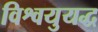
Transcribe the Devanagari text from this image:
विश्वयुयद्ध